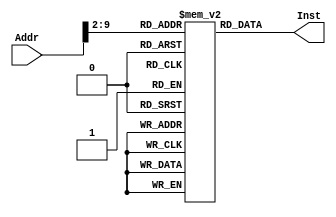
module CodeRam(
    input [31:0] Addr, output [31:0] Inst
    );
    
    reg [31:0] mem [0:255];
    reg [7:0] tempaddr;
    reg [31:0] Inst;
    
    initial begin
        mem[0]=32'h00421821;//
        mem[1]=32'h00621822;//
        mem[2]=32'h00851820;//
        mem[3]=32'h00831824;//
        mem[4]=32'h00641020;//
        mem[5]=32'h00851825;//
        mem[6]=32'h00851826;//
        mem[7]=32'h00851827;//
        mem[8]=32'h0800000a;//
        mem[9]=32'h00851825;//
        mem[10]=32'hac83003c;//
        mem[11]=32'h8c84003c;//
        mem[12]=32'h1063fff4;//
    end
    
    always@(*) begin
        tempaddr[7:0]=Addr[9:2];
        Inst[31:0]=mem[tempaddr];
    end

endmodule